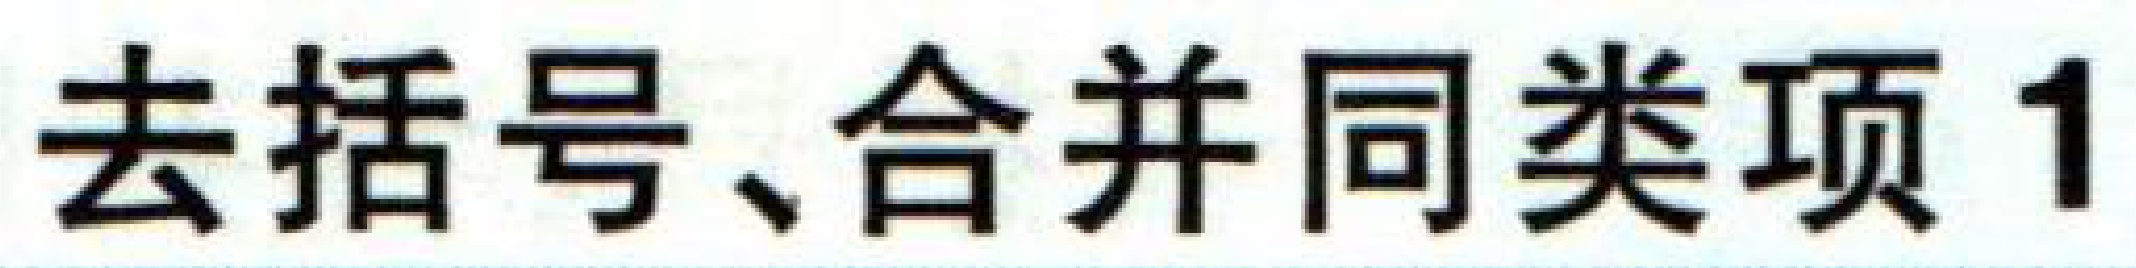
去括号、合并同类项1